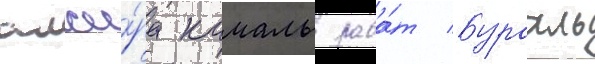
алжи́ра камаль раба́т бурахль